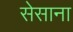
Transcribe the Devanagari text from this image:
सेसाना